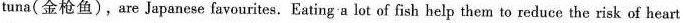
tuna(金枪鱼),are Japanese favourites. Eating a lot of fish help them to reduce the risk of heart